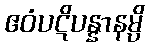
ဧဝံပဋိပန္နာနမ္ပိ